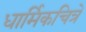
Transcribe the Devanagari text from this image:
धार्मिकचित्रे